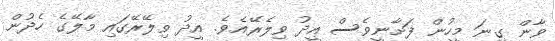
ވާން ގިނަ މީހުން ފަށާނީވެސް އީދު ވިލެރޭއެވެ. އީދު ވިލޭރޭގައި މާލޭގެ ހެދުން